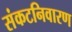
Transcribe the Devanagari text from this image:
संकटनिवारण